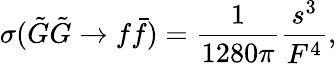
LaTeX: \sigma({\tilde{G}}{\tilde{G}}\rightarrow f{\bar{f}})={\frac{1}{1280\pi}}{\frac{s^{3}}{F^{4}}},